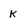
Character: k